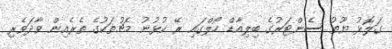
ގަލޮޅު ޔޫތު ސެންޓަރުގެ ބިލިއާޑް ހޯލްގައި ރޭ ކުޅުނު މެޗުތަކުގެ ތެރެއިން ވާދަވެރި